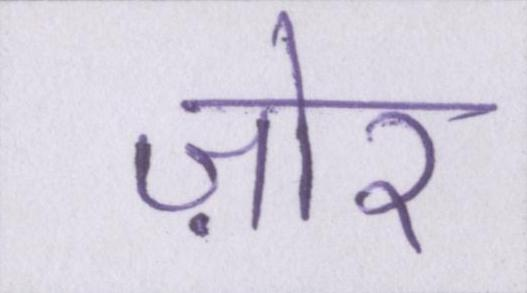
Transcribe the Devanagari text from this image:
ज़ोर